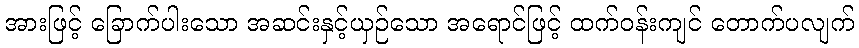
အားဖြင့် ခြောက်ပါးသော အဆင်းနှင့်ယှဉ်သော အရောင်ဖြင့် ထက်ဝန်းကျင် တောက်ပလျက်